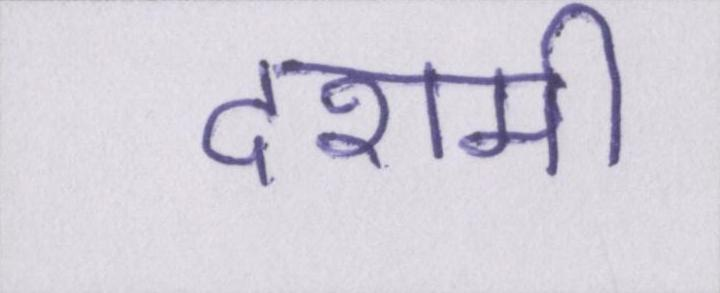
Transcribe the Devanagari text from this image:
दशमी